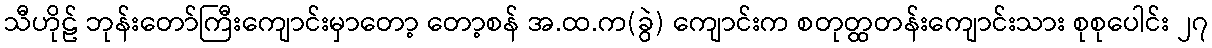
သီဟိုဠ် ဘုန်းတော်ကြီးကျောင်းမှာတော့ တော့စန် အ.ထ.က(ခွဲ) ကျောင်းက စတုတ္ထတန်းကျောင်းသား စုစုပေါင်း ၂၇